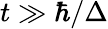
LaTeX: t\gg\hbar/\Delta